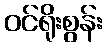
ဝင်ရိုးစွန်း